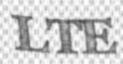
LTE